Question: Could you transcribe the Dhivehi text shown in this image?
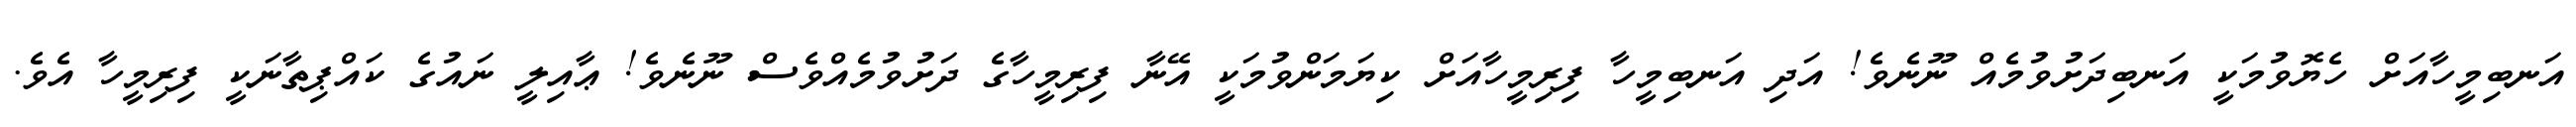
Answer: އަނބިމީހާއަށް ހެޔޮވުމަކީ އަނބިދަށުވުމެއް ނޫނެވެ! އަދި އަނބިމީހާ ފިރިމީހާއަށް ކިޔަމަންވުމަކީ އޭނާ ފިރިމީހާގެ ދަށުވުމެއްވެސް ނޫނެވެ! ޢާއިލީ ނައުގެ ކައްޕިތާނަކީ ފިރިމީހާ އެވެ.